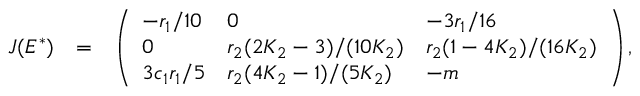
\begin{array} { r l r } { J ( E ^ { * } ) } & { = } & { \left( \begin{array} { l l l } { - r _ { 1 } / 1 0 } & { 0 } & { - 3 r _ { 1 } / 1 6 } \\ { 0 } & { r _ { 2 } ( 2 K _ { 2 } - 3 ) / ( 1 0 K _ { 2 } ) } & { r _ { 2 } ( 1 - 4 K _ { 2 } ) / ( 1 6 K _ { 2 } ) } \\ { 3 c _ { 1 } r _ { 1 } / 5 } & { r _ { 2 } ( 4 K _ { 2 } - 1 ) / ( 5 K _ { 2 } ) } & { - m } \end{array} \right) , } \end{array}